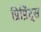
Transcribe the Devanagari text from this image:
प्रिप्रिंट्स